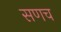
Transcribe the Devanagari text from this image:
सणच